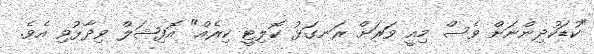
"ކުޑަކުދިންނަށް ވެސް މިއީ ވަރަށް ރަނގަޅު ކޮލިޓީ ކިރެއް" އޮފިޝަލް ވިދާޅުވި އެވެ.